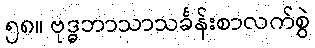
၅၈။ ဗုဒ္ဓဘာသာသင်္ခန်းစာလက်စွဲ